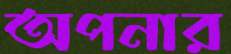
অপনার